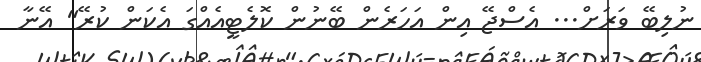
ނުލިބޭ ވަރަށް... އެސްޖޭ އިން އަހަރެން ބޭނުން ކޮލެޓީއެއްގަ އެކަން ކުރޭ" އޭނާ